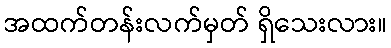
အထက်တန်းလက်မှတ် ရှိသေးလား။